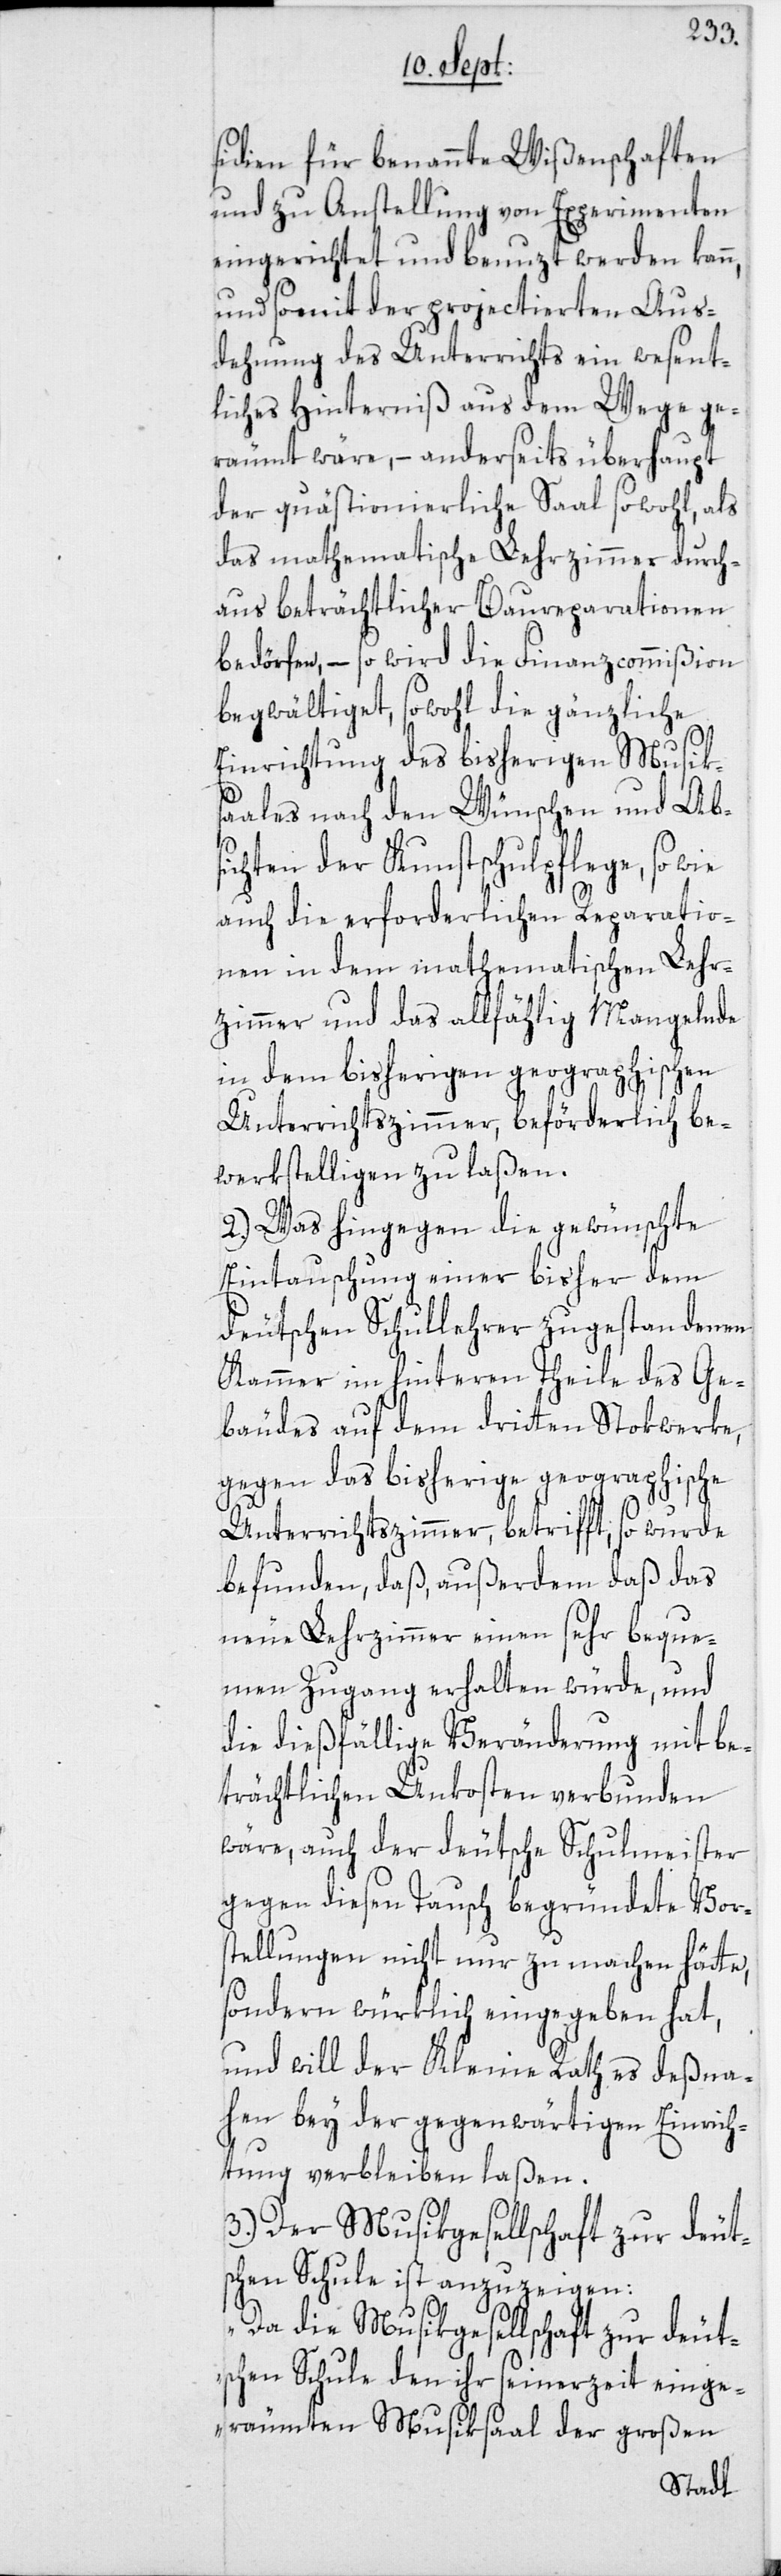
sidien für benannte Wißenschaften
und zu Anstellung von Experimenten
eingerichtet und benuzt werden kann,
und somit der projectierten Aus¬
dehnung des Unterrichts ein wesent¬
liches Hinterniß aus dem Wege ge¬
räumt wäre, – anderseits überhaupt
der quästionierliche Saal sowohl, als
das mathematische Lehrzimmer durch¬
aus beträchtlicher Baureparationen
bedörfen, – so wird die Finanzcommißion
begwältiget, sowohl die gänzliche
Einrichtung des bisherigen Musiks¬
aales nach den Wünschen und Ab¬
sichten der Kunstschulpflege, so wie
auch die erforderlichen Reparatio¬
nen in dem mathematischen Lehr¬
zimmer und das allfählig Mangelnde
in dem bisherigen geographischen
Unterrichtszimmer, beförderlich be¬
werkstelligen zu laßen.
2.) Was hingegen die gewünschte
Eintauschung einer bisher dem
deutschen Schullehrer zugestandenen
Kammer im hinteren Theile des Ge¬
bäudes auf dem dritten Stokwerke,
gegen das bisherige geographische
Unterrichtszimmer, betrifft, so wurde
befunden, daß, außerdem daß das
neue Lehrzimmer einen sehr beque¬
men Zugang erhalten würde, und
die dießfällige Veränderung mit be¬
trächtlichen Unkosten verbunden
wäre, auch der deutsche Schulmeister
gegen diesen Tausch begründete Vors¬
tellungen nicht nur zu machen hätte,
sondern würklich eingegeben hat,
und will der Kleine Rath es deßna¬
hen bey der gegenwärtigen Einrich¬
tung verbleiben laßen.
3.) Der Musikgesellschaft zur deuts¬
chen Schule ist anzuzeigen:
„Da die Musikgesellschaft zur deut¬
schen Schule den ihr seinerzeit einge¬
räumten Musiksaal der großen